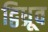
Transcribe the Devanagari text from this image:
द्विध्रूव